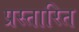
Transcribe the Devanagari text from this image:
प्रस्तारित